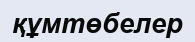
құмтөбелер